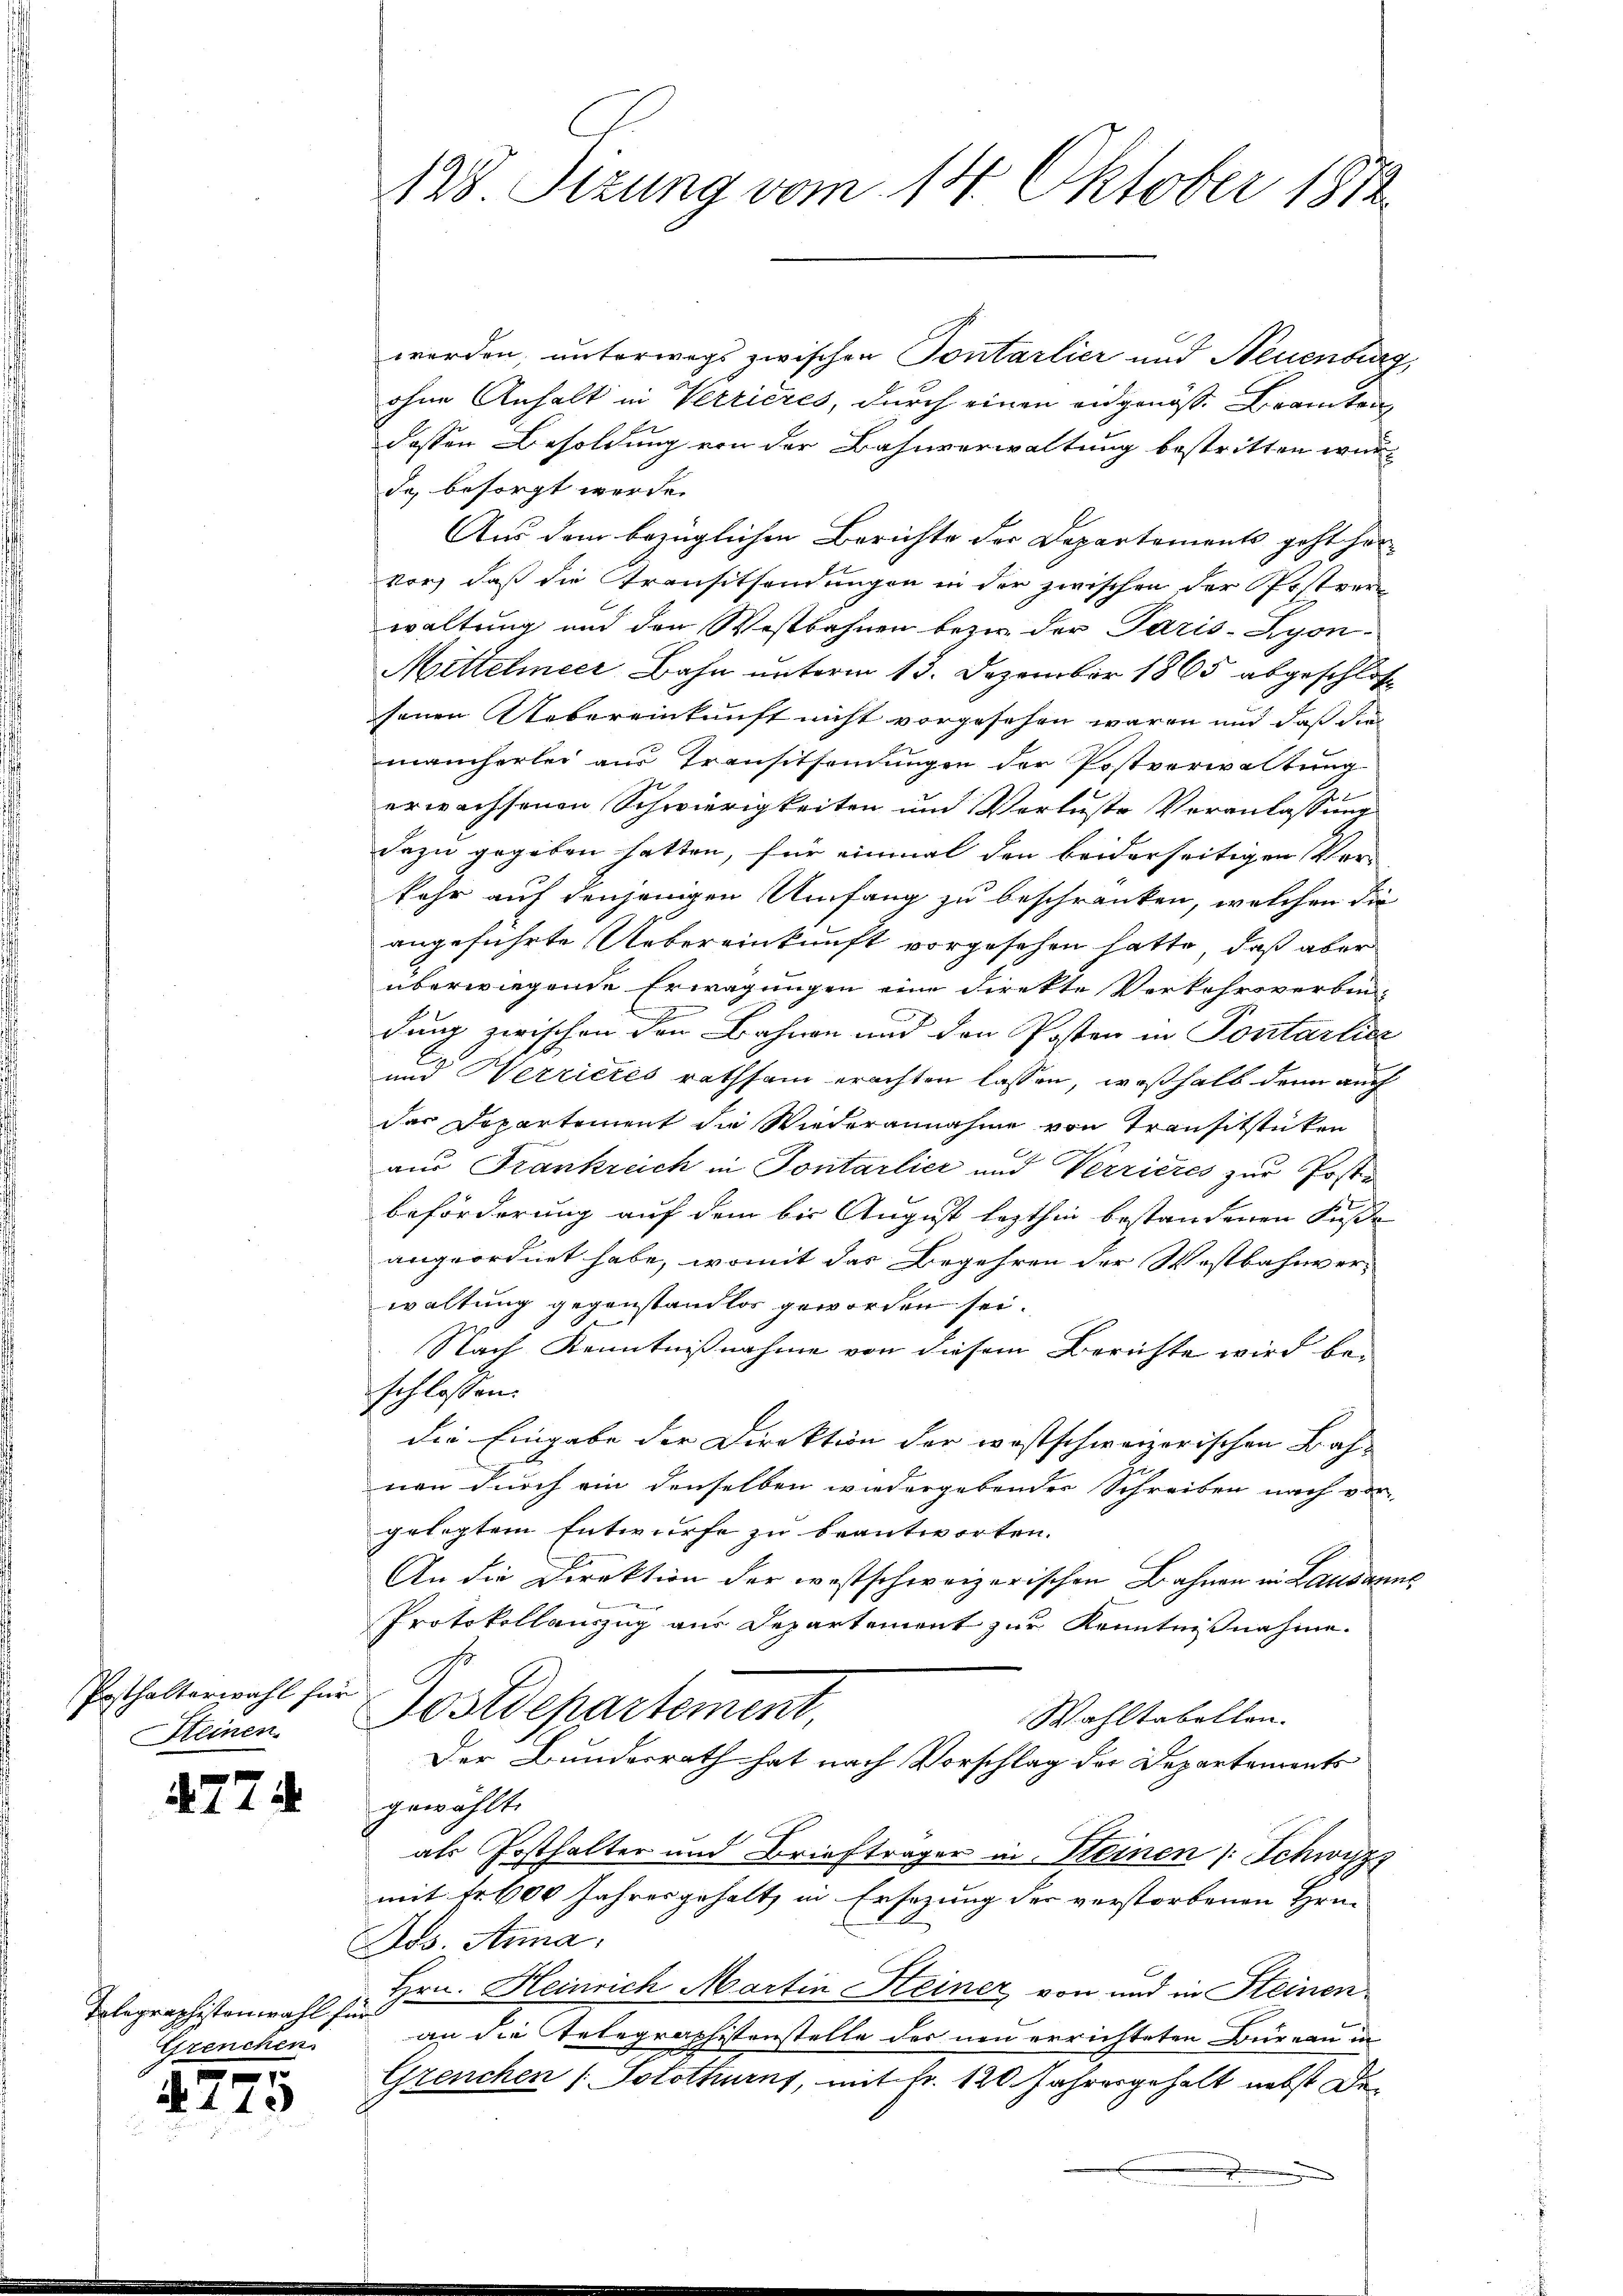
Posthalterwahl für
Heinen

4774

Tolographistenwahl für
Grenchen.
4775

128. Sizung vom 14. Oktober 1812.

werden, unterwegs zwischen Pontarlier und Neuenburg
ohne Anhalt in Verrieres, durch einen angenöss. Branten
dessen Besoldung von der Bahnverwaltung bestritten wurda, besorgt werde.
Aus dem bezüglichen Berichte der Departements geht hervor, daß die Transitsendungen in der zwischen der Postverwaltung und den Westbahnen bezi der Paris-Lyon-
Mittelmeer, Bahn unterm 15. Dezember 1865 abgeschlos
senen Uebereinkunft nicht vorgesehen waren und daß die
mancherlei aus Transitsendungen der Postverwaltung
22
erwachsenen Schwierigkeiten und Verluste Veranlassung
dazu gegeben hatten, für einmal den beiderseitigen Verkehr auf denjenigen Umfang zu beschränken, welchen die
angeführte Uebereinkunft vorgesehen hatte, daß aber
überwiegende Erwägungen eine Direkte Verkehrsverbin-
u
dung zwischen den Bahnen und den Posten in Pontarlic
und Werrietés rathsam erachten lassen, weßhalb denn auch
das Departement die Wiederannahme von Transitstücken
aus Frankreich in Sontarlier und Verrieres zur Poste
beförderung auf dem bis August lezthin bestandenen Fusse
angeordnet habe, womit das Begehren der Westbahnver-
waltung gegenstandlos geworden sei.
Nach Kenntnißnahme von diesem Berichte wird beschlossen.
die Eingabe der Direktion der westschweizerischen Bah-
2
nen durch ein denselben wiedergebender Schreiben nach vor
gelegtem Entwurfe zu beantworten.
An die Direktion der westschweizerischen Bahnen in Laudanus

Protokollauszug aus Departement zur Kenntnißnahme.
ostdepartement
Wahltabellen.
Der Bundesrath hat nach Vorschlag der Departements
gewählt.
als Posthalter und Briefträger in Steinen (Schwyz
mit Fr. 600 Jahresgehalt in Ersezung der verstorbenen Hrn.
Das Anna.
Hrn. Heinrich Martin Heiner von und in Steinen
an die Telegraphistenstelle des neu errichteten Büreau in
Greuchen (Solothurn, mit Fr. 120 Jahresgehalt nebst De¬